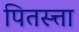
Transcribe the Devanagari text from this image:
पितस्त्ता